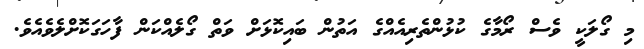
މި ގޯލަކީ ވެސް ރޯމާގެ ކުޅުންތެރިއެއްގެ އަތުން ބައިކޮޅަށް ވަތް ގޯލެއްކަން ފާހަގަކޮށްލެވެއެވެ.